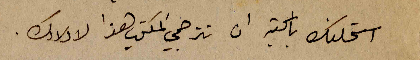
استحلفك بالكتير ان تترجمي المكتوب هذا لاولادك.